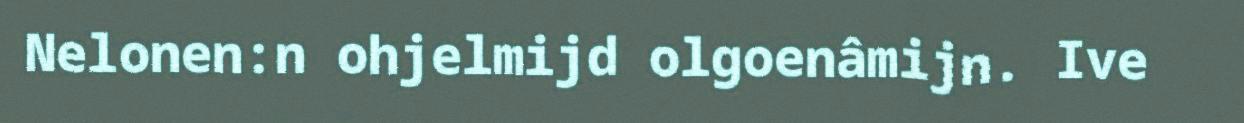
Nelonen:n ohjelmijd olgoenâmijn. Ive